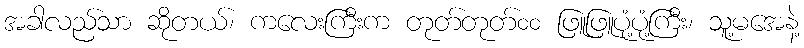
အခါလည်သာ ဆိုတယ်၊ ကလေးကြီးက တုတ်တုတ်၀၀ ဖြူဖြူပုံ့ပုံ့ကြီး၊ သူ့မအေနဲ့